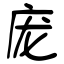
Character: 庞